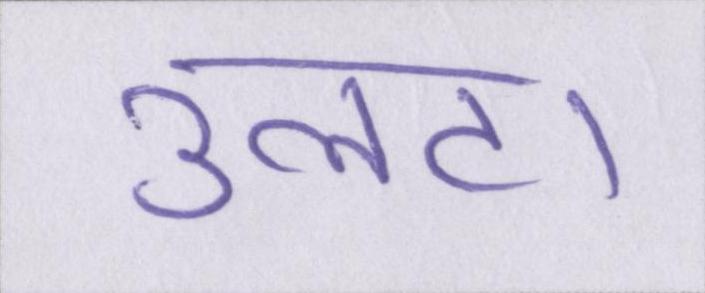
उलटा